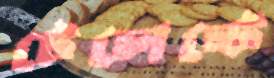
টেলেন্টে